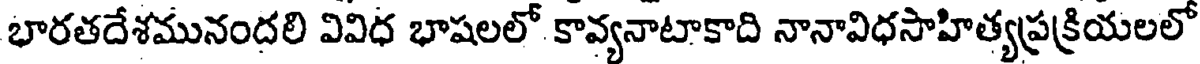
భారతదేశమునందలి వివిధ భాషలలో కావ్యనాటాకాది నానావిధసాహిత్యప్రక్రియలలో